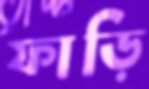
ফাড়ি